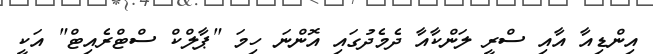
އިންޑިއާ އާއި ސްރީ ލަންކާއާ ދެމެދުގައި އޮންނަ ހިމަ "ޕާލްކް ސްޓްރެއިޓް" އަކީ